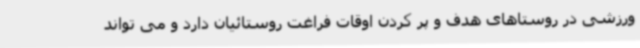
ورزشی در روستاهای هدف و پر کردن اوقات فراغت روستائیان دارد و می تواند